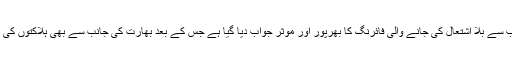
پاک فوج کی جانب سے بلا اشتعال کی جانے والی فائرنگ کا بھرپور اور موثر جواب دیا گیا ہے جس کے بعد بھارت کی جانب سے بھی ہلاکتوں کی اطلاعات ملی ہیں۔